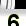
Digit: 6